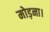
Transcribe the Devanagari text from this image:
मोड़ना।